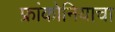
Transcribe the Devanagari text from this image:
फ्रांकोनियाचा